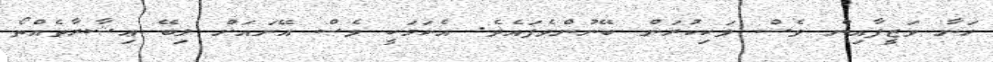
ހަނާ ވަޒީފާއިން ވެސް ވަކިކުރަން ބޭނުންވެފައެވެ. އެކަމަކީ ވެސް އޭނައަށް ލިބޭ ޢިޝާރާތެއްތޯ